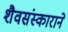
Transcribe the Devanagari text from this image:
शैवसंस्काराने